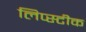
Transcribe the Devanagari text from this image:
लिप्स्टीक